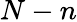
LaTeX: N-n